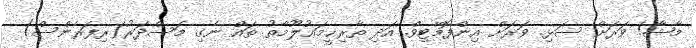
މާޝާ! ވަރަށް ސަޅި. ވަރަށް އިންފޮމޭޓިވް. އަދި ތާރިޙީމަޢުލޫމާތު ތައް ނެގި މަސްދަރު(ރިފަރެންސް)